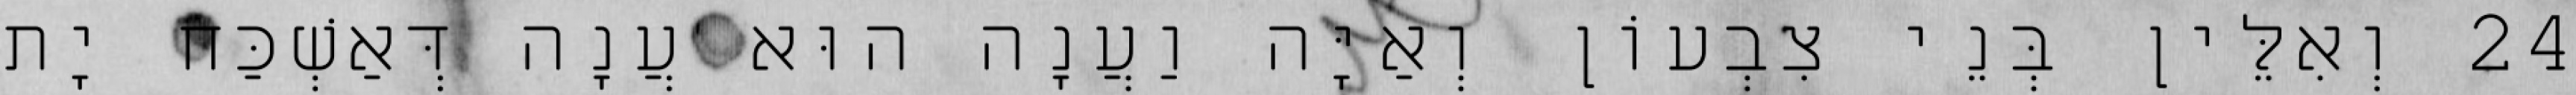
24 וְאִלֵּין בְּנֵי צִבְעוֹן וְאַיָּה וַעֲנָה הוּא עֲנָה דְּאַשְׁכַּח יָת